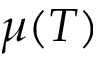
\mu ( T )